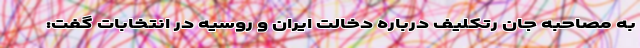
به مصاحبه جان رتکلیف درباره دخالت ایران و روسیه در انتخابات گفت: